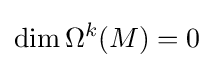
\dim \Omega ^{k}(M)=0